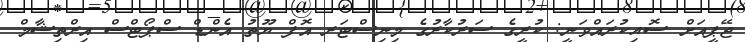
ޖޭޕީއަށް ސޮއިކުރައްވަނީ: ކުރީގެ ސަރުކާރުގެ މިނިސްޓަރ އޮފް ޔޫތު އެންޑް ސްޕޯޓްސް އިރްތިޝާމް